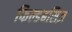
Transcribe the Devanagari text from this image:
फिल्डबसिज़